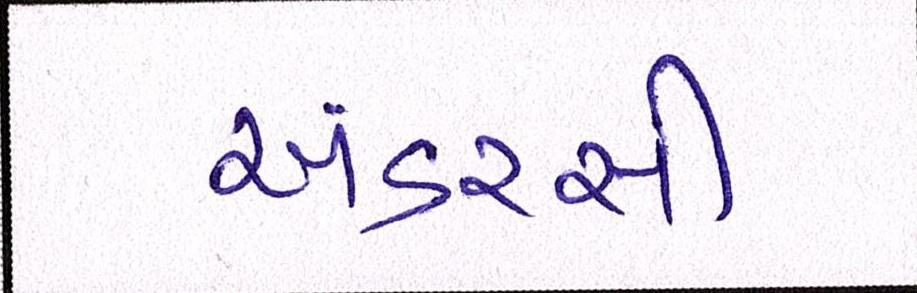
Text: અંડરસી